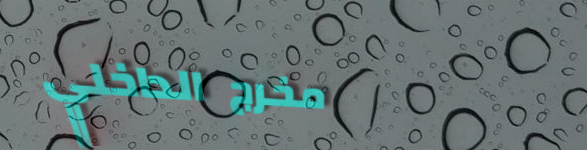
مخرج الداخلي